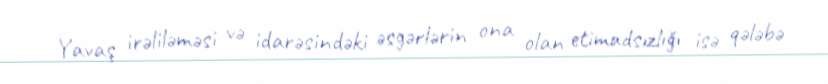
Yavaş irəliləməsi və idarəsindəki əsgərlərin ona olan etimadsızlığı isə qələbə